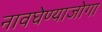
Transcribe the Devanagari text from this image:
नावघेण्याजोगा